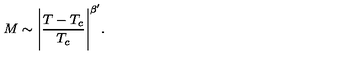
M \sim \Bigg | \frac { T - T _ { c } } { T _ { c } } \Bigg | ^ { \beta ^ { \prime } } .